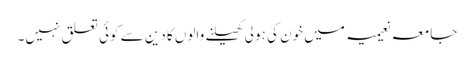
جامعہ نعیمیہ میں خون کی ہولی کھیلنے والوں کا دین سے کوئی تعلق نہیں۔